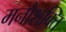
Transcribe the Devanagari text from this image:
मनोशक्ति